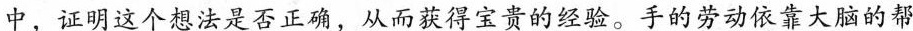
中，证明这个想法是否正确，从而获得宝贵的经验。手的劳动依靠大脑的帮